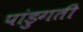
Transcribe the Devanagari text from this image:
पांडुगती